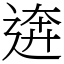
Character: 逩